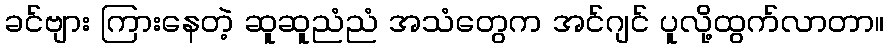
ခင်ဗျား ကြားနေတဲ့ ဆူဆူညံညံ အသံတွေက အင်ဂျင် ပူလို့ထွက်လာတာ။